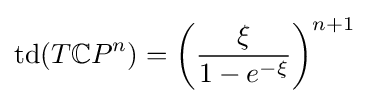
\operatorname {td} (T{\mathbb {C} }P^{n})=\left({\dfrac {\xi }{1-e^{-\xi }}}\right)^{n+1}